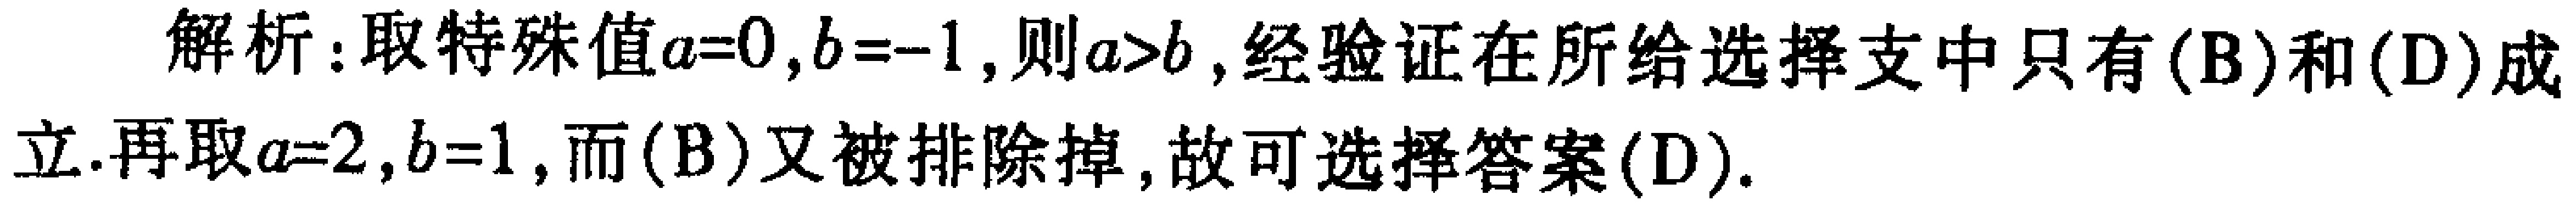
解析：取特殊值\(a = 0,b=-1\)，则\(a > b\)，经验证在所给选择支中只有\((B)\)和\((D)\)成立.再取\(a = 2,b = 1\)，而\((B)\)又被排除掉，故可选择答案\((D)\).